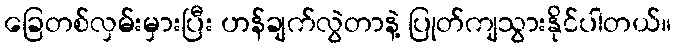
ခြေတစ်လှမ်းမှားပြီး ဟန်ချက်လွဲတာနဲ့ ပြုတ်ကျသွားနိုင်ပါတယ်။